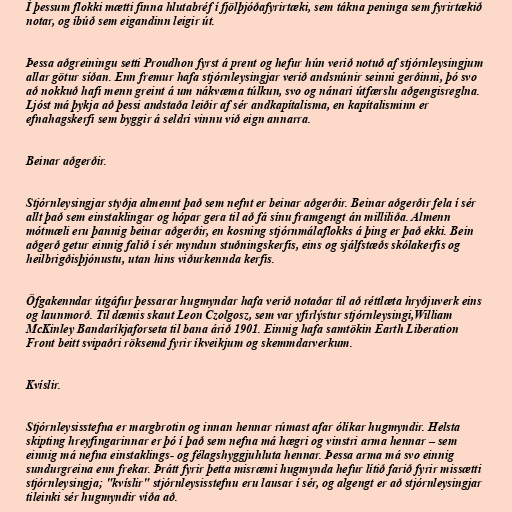
Í þessum flokki mætti finna hlutabréf í fjölþjóðafyrirtæki, sem tákna peninga sem fyrirtækið
notar, og íbúð sem eigandinn leigir út.

Þessa aðgreiningu setti Proudhon fyrst á prent og hefur hún verið notuð af stjórnleysingjum
allar götur síðan. Enn fremur hafa stjórnleysingjar verið andsnúnir seinni gerðinni, þó svo
að nokkuð hafi menn greint á um nákvæma túlkun, svo og nánari útfærslu aðgengisreglna.
Ljóst má þykja að þessi andstaða leiðir af sér andkapítalisma, en kapítalisminn er
efnahagskerfi sem byggir á seldri vinnu við eign annarra.

Beinar aðgerðir.

Stjórnleysingjar styðja almennt það sem nefnt er beinar aðgerðir. Beinar aðgerðir fela í sér
allt það sem einstaklingar og hópar gera til að fá sínu framgengt án milliliða. Almenn
mótmæli eru þannig beinar aðgerðir, en kosning stjórnmálaflokks á þing er það ekki. Bein
aðgerð getur einnig falið í sér myndun stuðningskerfis, eins og sjálfstæðs skólakerfis og
heilbrigðisþjónustu, utan hins viðurkennda kerfis.

Öfgakenndar útgáfur þessarar hugmyndar hafa verið notaðar til að réttlæta hryðjuverk eins
og launmorð. Til dæmis skaut Leon Czolgosz, sem var yfirlýstur stjórnleysingi,William
McKinley Bandaríkjaforseta til bana árið 1901. Einnig hafa samtökin Earth Liberation
Front beitt svipaðri röksemd fyrir íkveikjum og skemmdarverkum.

Kvíslir.

Stjórnleysisstefna er margbrotin og innan hennar rúmast afar ólíkar hugmyndir. Helsta
skipting hreyfingarinnar er þó í það sem nefna má hægri og vinstri arma hennar – sem
einnig má nefna einstaklings- og félagshyggjuhluta hennar. Þessa arma má svo einnig
sundurgreina enn frekar. Þrátt fyrir þetta misræmi hugmynda hefur lítið farið fyrir missætti
stjórnleysingja; "kvíslir" stjórnleysisstefnu eru lausar í sér, og algengt er að stjórnleysingjar
tileinki sér hugmyndir víða að.